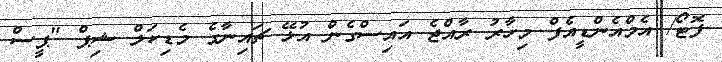
ފޮޓޯ/ އެމްއެންޑީއެފް މިހާރު ރާއްޖެ އައިސްގެން އުޅޭ ޗައިނާގެ މެޑިކަލް ޝިޕް "ޕީސް